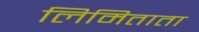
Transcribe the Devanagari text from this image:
लिमिताता